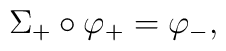
\Sigma_+ \circ \varphi_+ = \varphi_-,